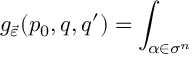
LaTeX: g _ { \vec { \varepsilon } } ( p _ { 0 } , q , q ^ { \prime } ) = \int _ { \alpha \in \sigma ^ { n } }